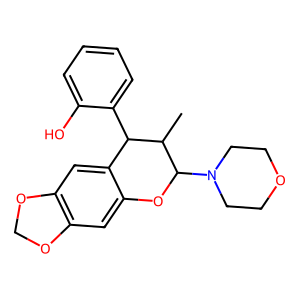
SMILES: CC1C(c2ccccc2O)c2cc3c(cc2OC1N1CCOCC1)OCO3
Inhibits HIV replication: No